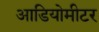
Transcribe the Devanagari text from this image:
आडियोमीटर